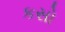
કસો